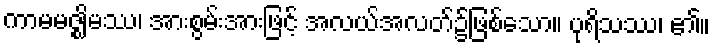
ကာမမဇ္ဈိမဿ၊ အားစွမ်းအားဖြင့် အလယ်အလတ်၌ဖြစ်သော။ ပုရိသဿ၊ ၏။